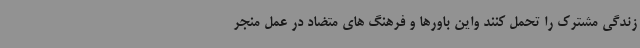
زندگی مشترک را تحمل کنند واین باورها و فرهنگ های متضاد در عمل منجر